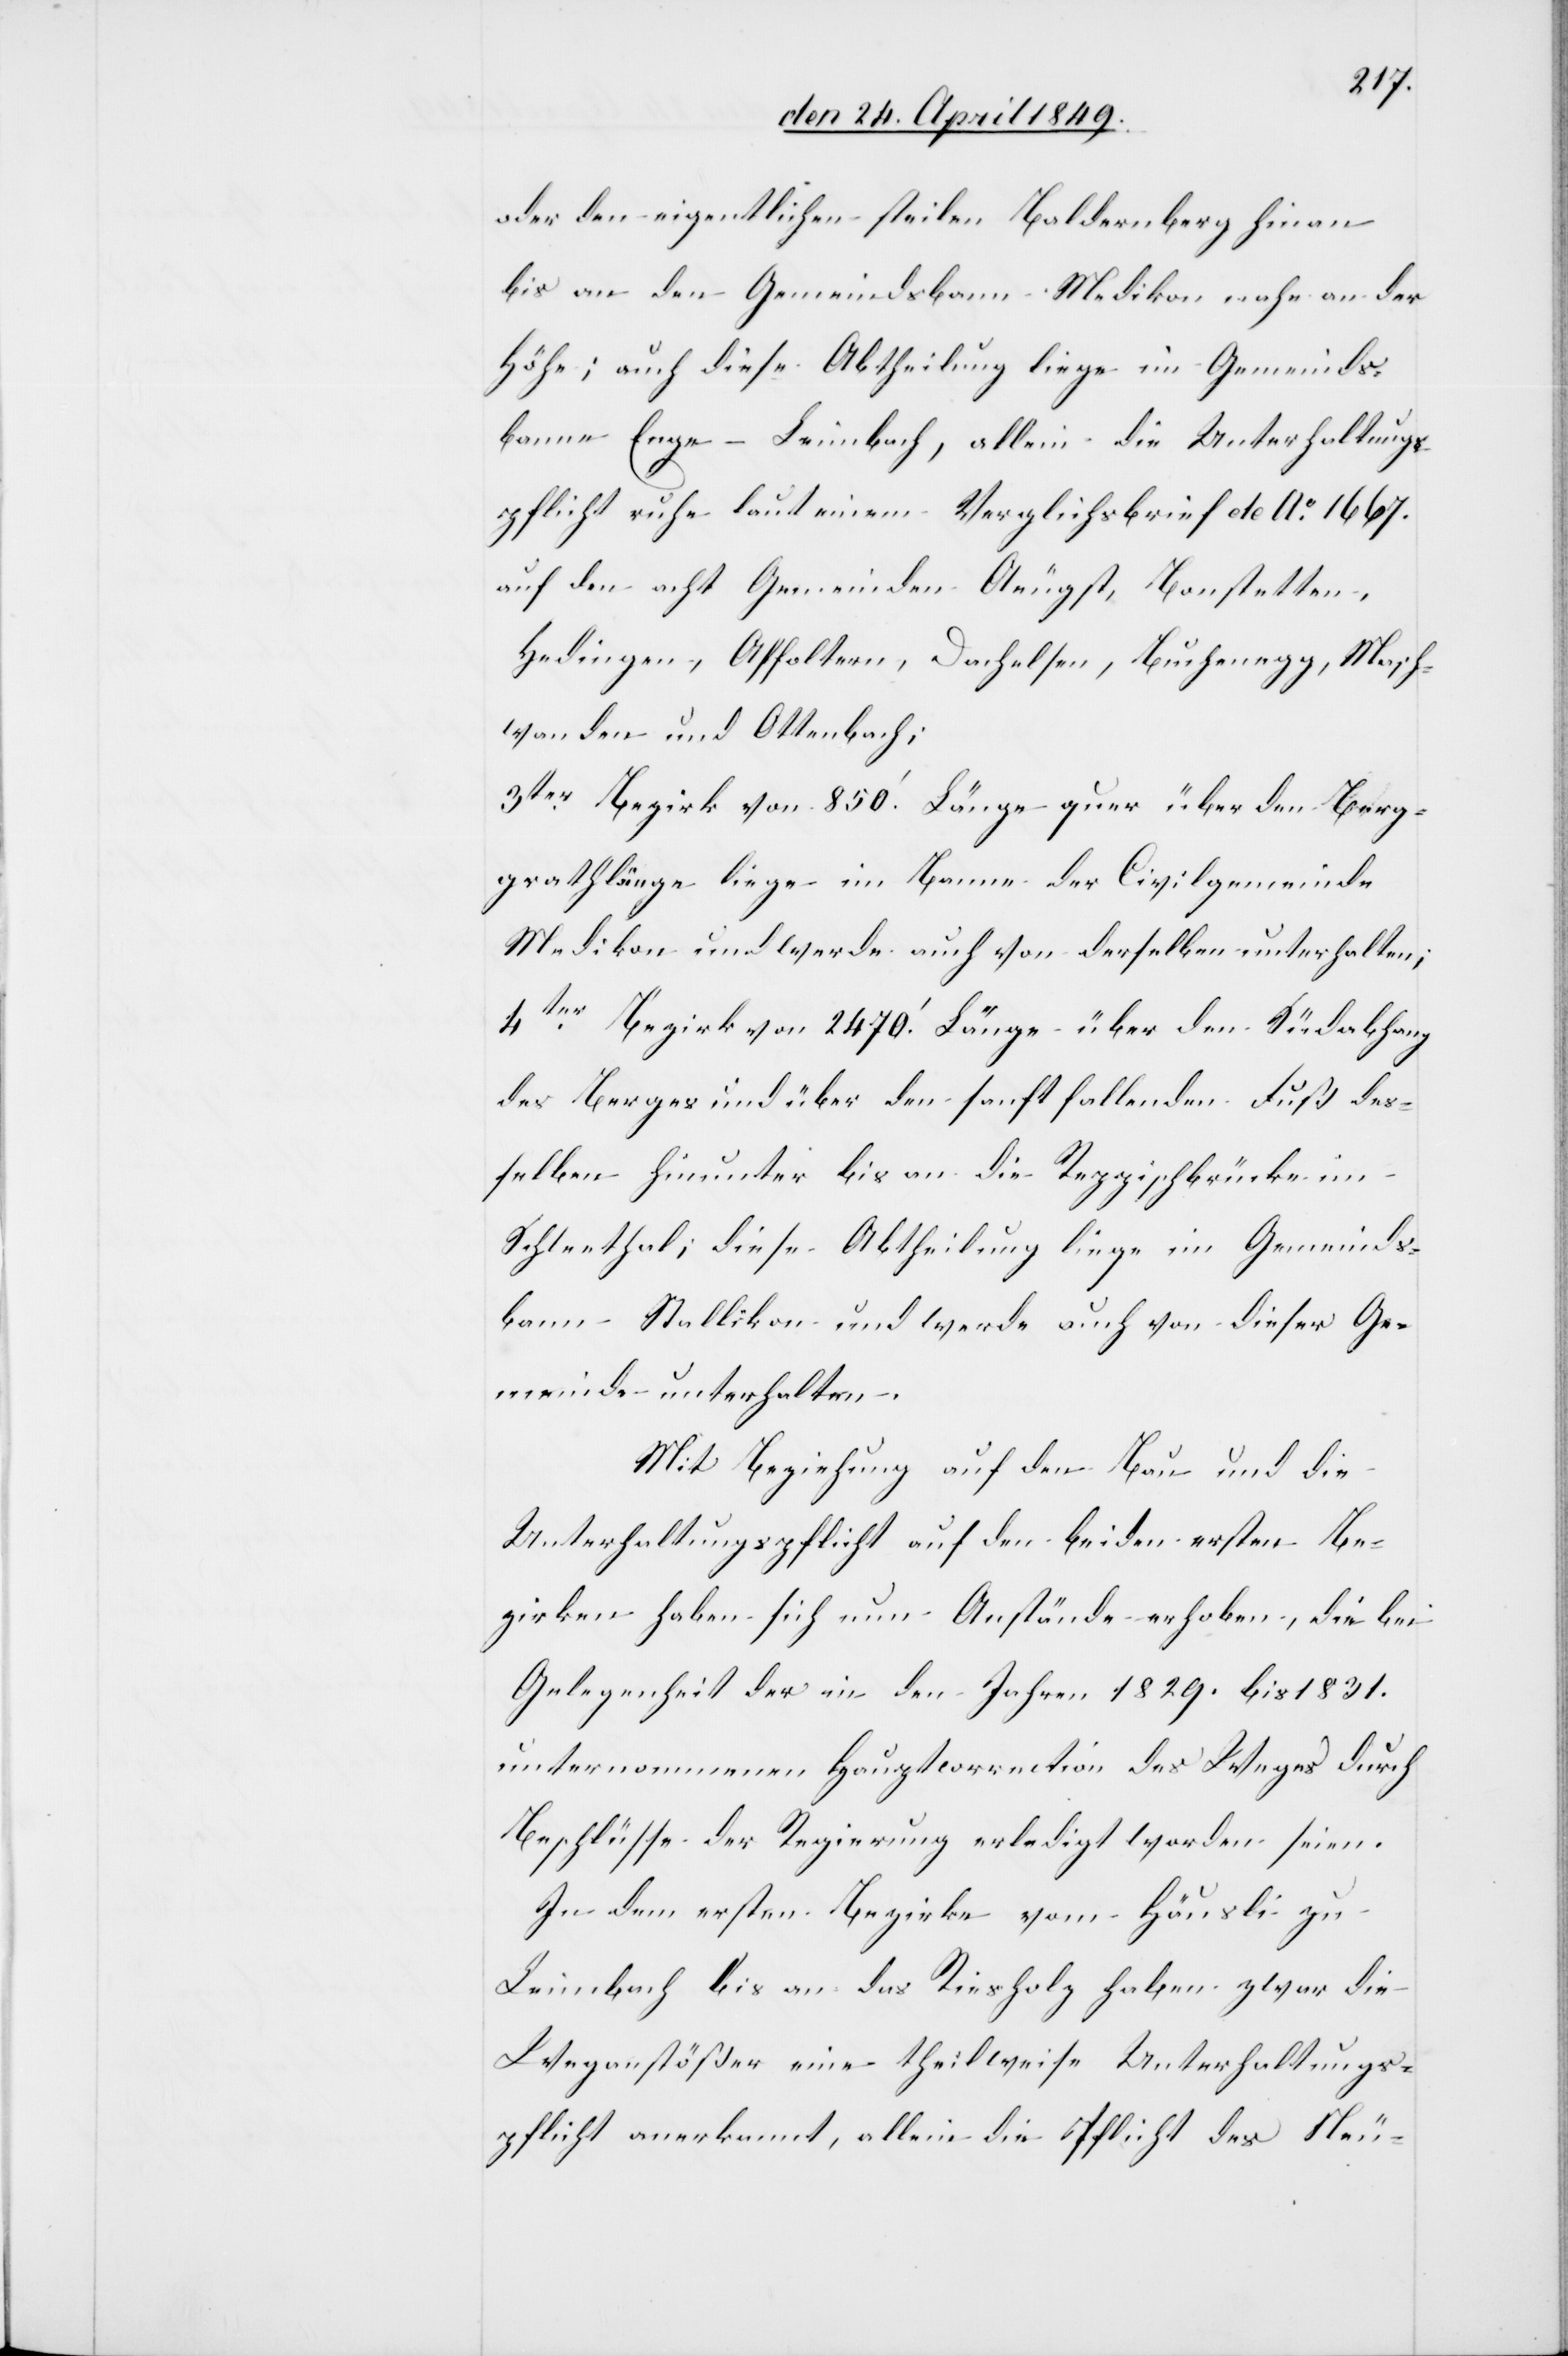
oder den eigentlichen Baldernberg hinan bis a¬
n den Gemeindsbann Medikon nahe an der
Höhe; auch diese Abtheilung liege im Gemeinds¬
banne Enge-Leimbach, allein die Unterhaltungs¬
pflicht ruhe laut einem Verglichsbrief de Ao 1667.
auf den acht Gemeinden Aeugst, Bonstetten,
Hedingen, Affoltern, Dachelsen, Buchenegg, Masch¬
wanden und Ottenbach;
3ter Bezirk von 850.‘ Länge quer über den Berg¬
grathlänge liege im Banne der Civilgemeinde
Medikon und werde auch von derselben unterhalten;
4ter Bezirk von 2470.‘ Länge über den Südabhang
des Berges und über den sanft fallenden Fuß des¬
selben hinunter bis an die Reppischbrücke im
Schleethal; diese Abtheilung liege im Gemeinds¬
bann Stallikon und werde auch von dieser Ge¬
meinde unterhalten.
Mit Beziehung auf den Bau und die
Unterhaltungspflicht auf den beiden ersten Be¬
zirken haben sich nun Anstände erhoben, die bei
Gelegenheit der in den Jahren 1829. bis 1831.
unternommenen Hauptcorrection des Weges durch
Beschlüsse der Regierung erledigt worden seien.
In dem ersten Bezirke vom Häusli zu
Leimbach bis an das Riesholz haben zwar die
Weganstößer eine theilweise Unterhaltungs¬
pflicht anerkannt, allein die Pflicht des Neu-